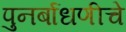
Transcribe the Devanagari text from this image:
पुनर्बाधणीचे